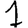
Digit: 1